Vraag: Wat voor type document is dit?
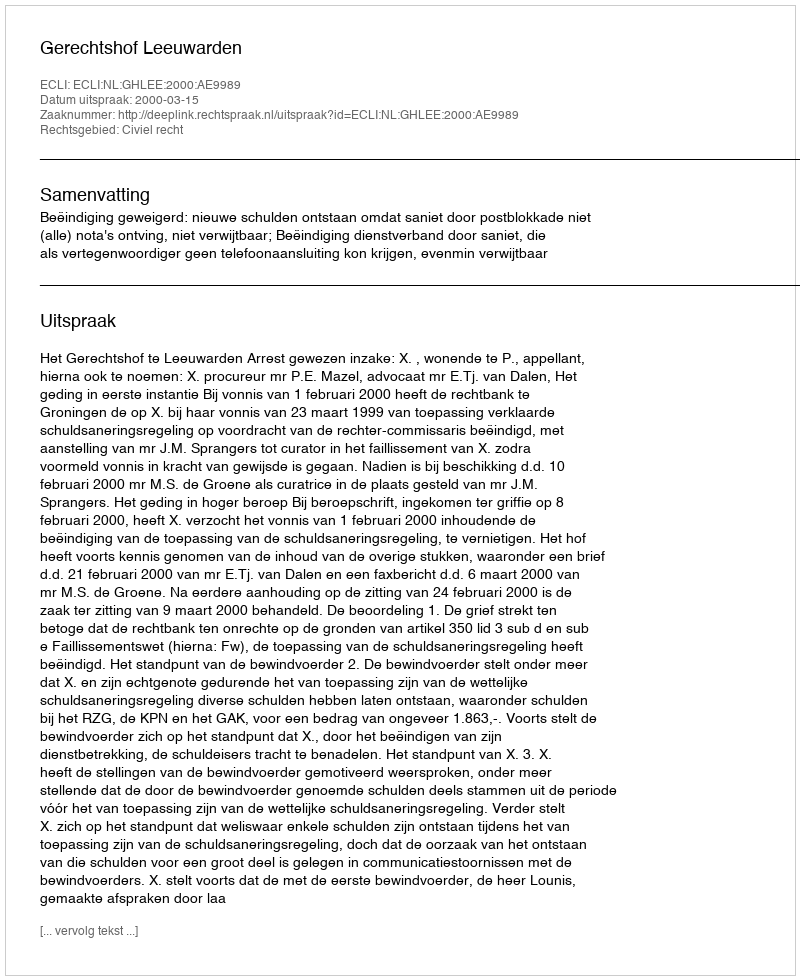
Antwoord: Uitspraak